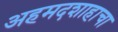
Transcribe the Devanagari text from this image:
अहमदशाहाचा